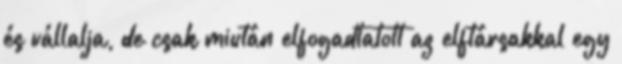
és vállalja, de csak miután elfogadtatott az elftársakkal egy